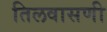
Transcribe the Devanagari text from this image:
तिलवासणी